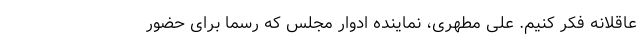
عاقلانه فکر کنیم. علی مطهری، نماینده ادوار مجلس که رسما برای حضور